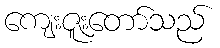
ကျေးဇူးတော်သည်